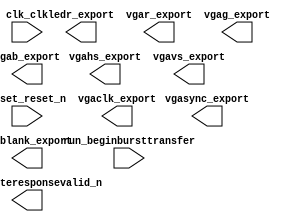
module Processor (
	clk_clk,
	reset_reset_n,
	done_writeresponsevalid_n,
	run_beginbursttransfer,
	ledr_export,
	vgar_export,
	vgag_export,
	vgab_export,
	vgahs_export,
	vgavs_export,
	vgablank_export,
	vgasync_export,
	vgaclk_export);	

	input		clk_clk;
	input		reset_reset_n;
	output		done_writeresponsevalid_n;
	input		run_beginbursttransfer;
	output	[9:0]	ledr_export;
	output	[9:0]	vgar_export;
	output	[9:0]	vgag_export;
	output	[9:0]	vgab_export;
	output		vgahs_export;
	output		vgavs_export;
	output		vgablank_export;
	output		vgasync_export;
	output		vgaclk_export;
endmodule